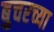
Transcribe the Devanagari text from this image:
बुचरच्या